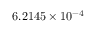
6 . 2 1 4 5 \times 1 0 ^ { - 4 }